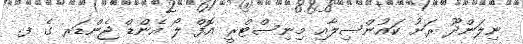
ނިލަންދޫ ރަށު ކައުންސިލާއި މިނިސްޓްރީ އޮފް ލޯ އެންޑް ޖެންޑަރ ގެ ފ.